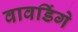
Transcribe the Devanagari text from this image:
वावडिंगे